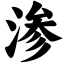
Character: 渗